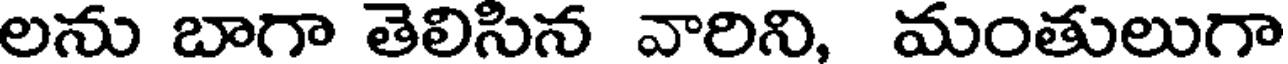
లను బాగా తెలిసిన వారిని, మంతులుగా